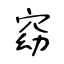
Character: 窈